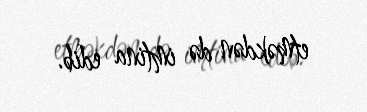
etməkdən də imtina edib.